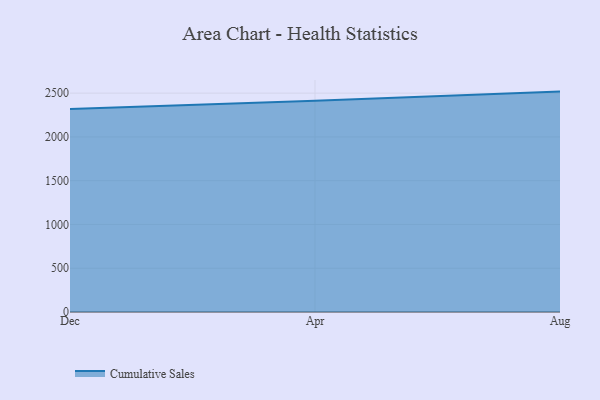
{"axis": {"x": "Month", "y": "Inventory Turnover"}, "legend": ["Cumulative Sales"], "data": [{"x": "Dec", "y": 2318.5, "type": "Cumulative Sales"}, {"x": "Apr", "y": 2412.4, "type": "Cumulative Sales"}, {"x": "Aug", "y": 2517.5, "type": "Cumulative Sales"}]}